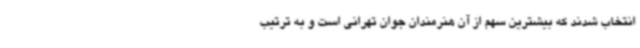
انتخاب شدند که بیشترین سهم از آن هنرمندان جوان تهرانی است و به ترتیب